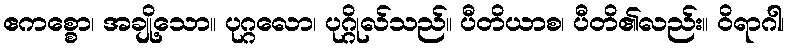
ဧကစ္စော၊ အချို့သော။ ပုဂ္ဂလော၊ ပုဂ္ဂိုလ်သည်။ ပီတိယာစ၊ ပီတိ၏လည်း။ ဝိရာဂါ၊